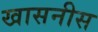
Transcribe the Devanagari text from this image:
खासनीस